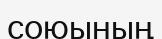
союының